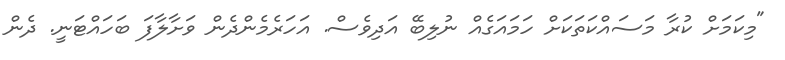
"މިކަމަށް ކުރާ މަސައްކަތަކަށް ހަމައަގެއް ނުލިބޭ އަދިވެސް. އަހަރެމެންދެން ވަށާލާފަ ބަހައްޓަނީ. ދެން